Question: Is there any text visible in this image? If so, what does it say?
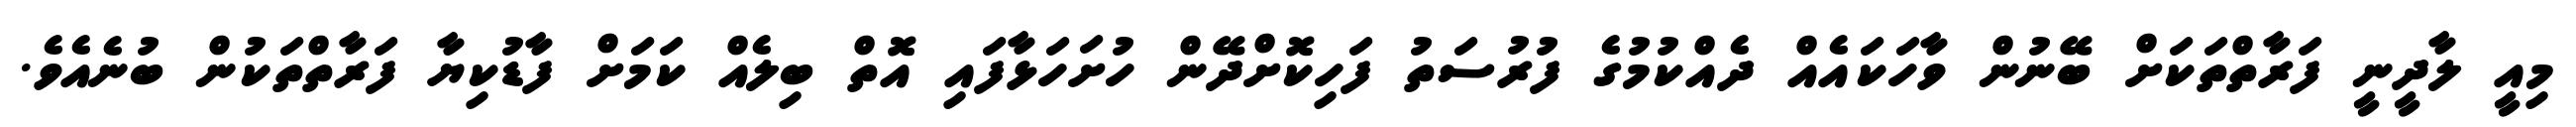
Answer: މިއީ ލާދީނީ ފަރާތްތަކަށް ބޭނުން ވާހަކައެއް ދެއްކުމުގެ ފުރުސަތު ފަހިކޮށްދޭން ހުށަހަޅާފައި އޮތް ބިލެއް ކަމަށް ފާޑުކިޔާ ފަރާތްތަކުން ބުނެއެވެ.